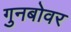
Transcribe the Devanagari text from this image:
गुनबोवर